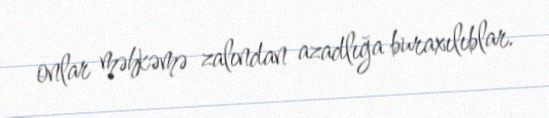
onlar məhkəmə zalından azadlığa buraxılıblar.